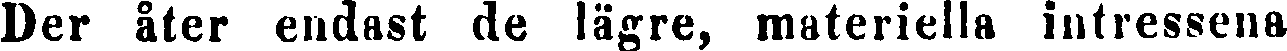
Der åter endast de lägre, materiella intressena